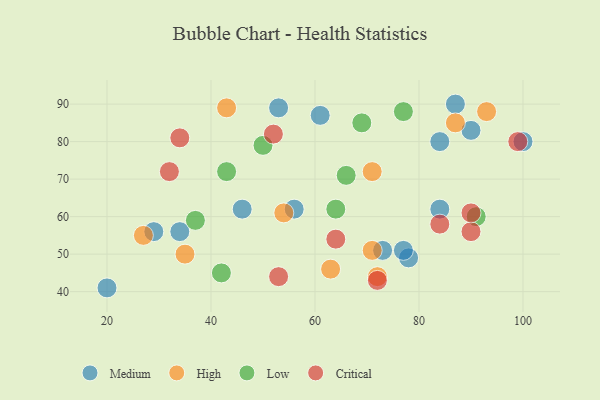
{"axis": {"x": "GDP", "y": "Life Expectancy"}, "legend": ["Critical", "High", "Low", "Medium"], "data": [{"x": "78", "y": 49, "type": "Medium"}, {"x": "100", "y": 80, "type": "Medium"}, {"x": "87", "y": 90, "type": "Medium"}, {"x": "84", "y": 62, "type": "Medium"}, {"x": "77", "y": 51, "type": "Medium"}, {"x": "61", "y": 87, "type": "Medium"}, {"x": "90", "y": 83, "type": "Medium"}, {"x": "53", "y": 89, "type": "Medium"}, {"x": "46", "y": 62, "type": "Medium"}, {"x": "84", "y": 80, "type": "Medium"}, {"x": "20", "y": 41, "type": "Medium"}, {"x": "34", "y": 56, "type": "Medium"}, {"x": "56", "y": 62, "type": "Medium"}, {"x": "73", "y": 51, "type": "Medium"}, {"x": "29", "y": 56, "type": "Medium"}, {"x": "43", "y": 89, "type": "High"}, {"x": "71", "y": 72, "type": "High"}, {"x": "63", "y": 46, "type": "High"}, {"x": "27", "y": 55, "type": "High"}, {"x": "93", "y": 88, "type": "High"}, {"x": "35", "y": 50, "type": "High"}, {"x": "54", "y": 61, "type": "High"}, {"x": "72", "y": 44, "type": "High"}, {"x": "71", "y": 51, "type": "High"}, {"x": "87", "y": 85, "type": "High"}, {"x": "50", "y": 79, "type": "Low"}, {"x": "64", "y": 62, "type": "Low"}, {"x": "91", "y": 60, "type": "Low"}, {"x": "66", "y": 71, "type": "Low"}, {"x": "69", "y": 85, "type": "Low"}, {"x": "43", "y": 72, "type": "Low"}, {"x": "77", "y": 88, "type": "Low"}, {"x": "42", "y": 45, "type": "Low"}, {"x": "37", "y": 59, "type": "Low"}, {"x": "72", "y": 43, "type": "Critical"}, {"x": "52", "y": 82, "type": "Critical"}, {"x": "53", "y": 44, "type": "Critical"}, {"x": "34", "y": 81, "type": "Critical"}, {"x": "64", "y": 54, "type": "Critical"}, {"x": "90", "y": 56, "type": "Critical"}, {"x": "90", "y": 61, "type": "Critical"}, {"x": "99", "y": 80, "type": "Critical"}, {"x": "84", "y": 58, "type": "Critical"}, {"x": "32", "y": 72, "type": "Critical"}]}